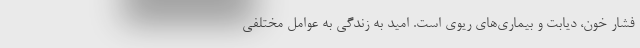
فشار خون، دیابت و بیماری‌های ریوی است. امید به زندگی به عوامل مختلفی